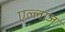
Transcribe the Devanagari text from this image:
एल्लाज